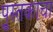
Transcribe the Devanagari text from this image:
पु्स्तकाचा